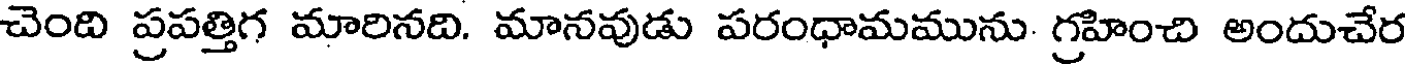
చెంది ప్రపత్తిగ మారినది. మానవుడు పరంధామమును గ్రహించి అందుచేర